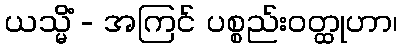
ယသ္မိံ - အကြင် ပစ္စည်းဝတ္ထုဟာ၊